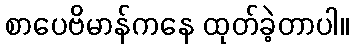
စာပေဗိမာန်ကနေ ထုတ်ခဲ့တာပါ။